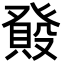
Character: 𤼺